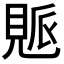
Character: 𧡒